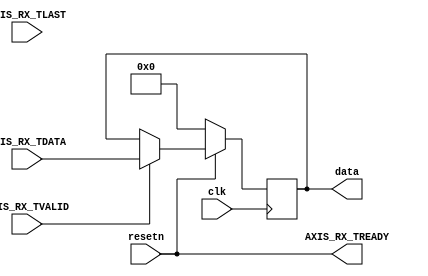

//====================================================================================
//                        ------->  Revision History  <------
//====================================================================================
//
//   Date     Who   Ver  Changes
//====================================================================================
// 04-Oct-22  DWW  1000  Initial creation
//====================================================================================

module data_sink #
(
    parameter STREAM_WIDTH = 512
)
(
    input clk, resetn,

    output reg[STREAM_WIDTH-1:0] data,

    input[STREAM_WIDTH-1:0] AXIS_RX_TDATA,
    input                   AXIS_RX_TVALID,
    input                   AXIS_RX_TLAST,
    output                  AXIS_RX_TREADY
 );


// We're ready to accept input any time we're not in reset
assign AXIS_RX_TREADY = resetn;

// Drive the input stream out the "data" line
always @(posedge clk) begin
    if (resetn == 0) begin
        data <= 0;
    end else if (AXIS_RX_TVALID) begin
        data <= AXIS_RX_TDATA;
    end
end

endmodule